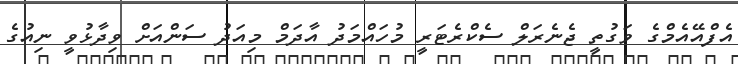
އެފްއޭއެމްގެ ވަގުތީ ޖެނެރަލް ސެކްރެޓަރީ މުހައްމަދު އާދަމް މިއަދު ސަންއަށް ވިދާޅުވީ ނިއުގެ